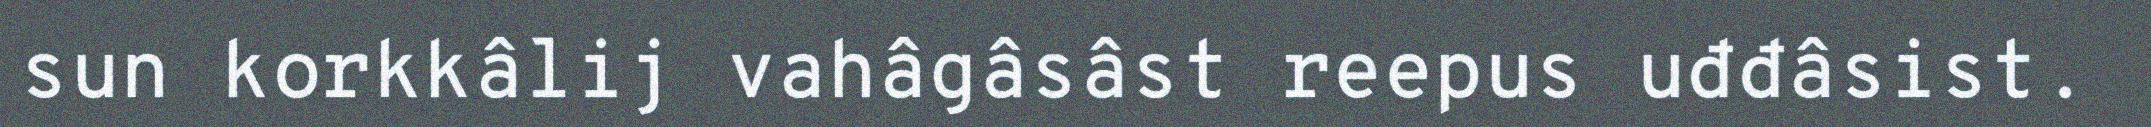
sun korkkâlij vahâgâsâst reepus uđđâsist.